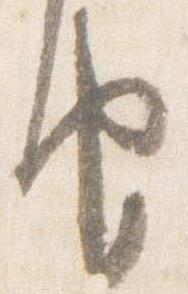
由